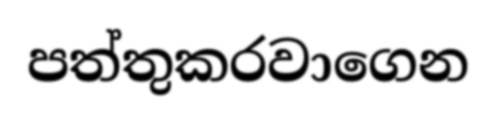
පත්තුකරවාගෙන